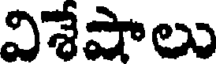
విశేషాలు